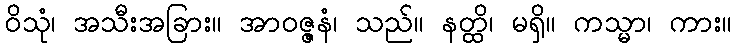
ဝိသုံ၊ အသီးအခြား။ အာဝဇ္ဇနံ၊ သည်။ နတ္ထိ၊ မရှိ။ ကသ္မာ၊ ကား။